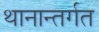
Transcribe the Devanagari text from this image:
थानान्तर्गत